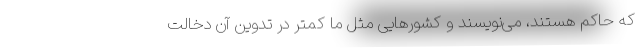
که حاکم هستند، می‌نویسند و کشورهایی مثل ما کمتر در تدوین آن دخالت